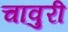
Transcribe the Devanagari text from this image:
चावुरी